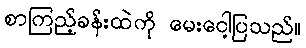
စာကြည့်ခန်းထဲကို မေးငေါ့ပြသည်။